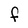
Character: f